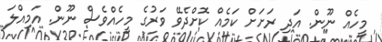
މީހެއް ނޫން. އަދި ރަށަށް ކަމެއް ކޮށްދެވޭ ވަރުގެ މީހެއްވެސް ނޫން. އަމިއްލަ